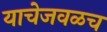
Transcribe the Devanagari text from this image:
याचेजवळच